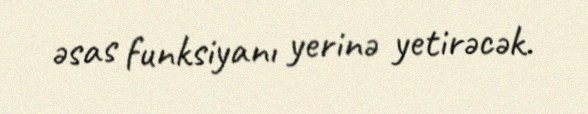
əsas funksiyanı yerinə yetirəcək.